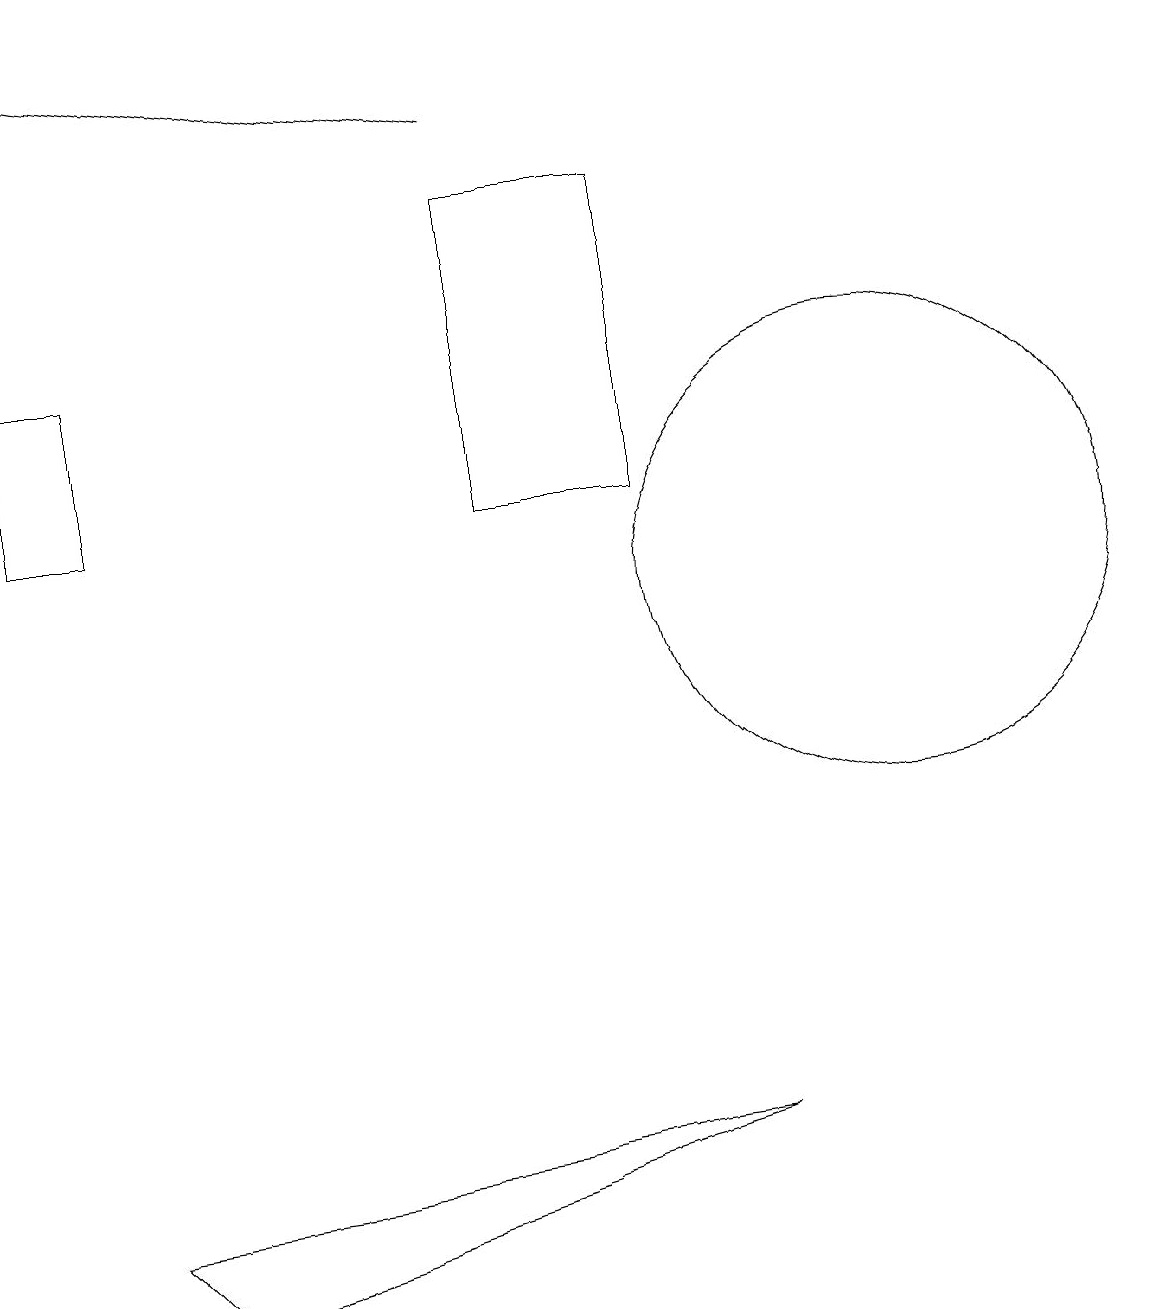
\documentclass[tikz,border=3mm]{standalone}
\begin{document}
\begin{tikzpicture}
\draw (9,4) -- (1,3) -- (2,2) -- cycle;
\draw (11,11) circle (3);
\draw (6,16) rectangle (8,12);
\draw (0,14) rectangle (1,12);
\draw (11,11) circle (0);
\draw[->] (6,17) -- (0,18);
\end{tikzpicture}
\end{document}